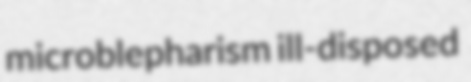
microblepharism ill-disposed